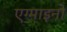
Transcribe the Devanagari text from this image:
एग्माइनो